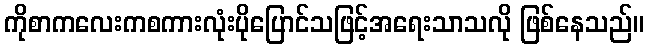
ကိုစာကလေးကစကားလုံးပိုပြောင်သဖြင့်အရေးသာသလို ဖြစ်နေသည်။